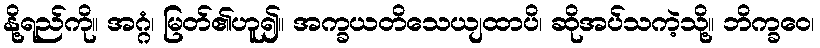
နို့ရည်ကို။ အဂ္ဂံ၊ မြတ်၏ဟူ၍။ အက္ခယတိသေယျထာပိ၊ ဆိုအပ်သကဲ့သို့။ ဘိက္ခဝေ၊